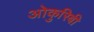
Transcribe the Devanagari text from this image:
ओकुरिबी